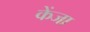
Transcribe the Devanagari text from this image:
केंजा